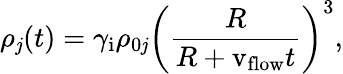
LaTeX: \rho_{\mathit{j}}(t)=\gamma_{\mathrm{{i}}}\rho_{0\mathit{j}}\left(\frac{{R}}{{R+\mathrm{{v_{flow}}}t}}\right)^{3},